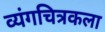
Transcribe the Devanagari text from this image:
व्यंगचित्रकला